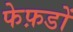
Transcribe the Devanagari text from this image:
फेफ़डों